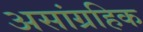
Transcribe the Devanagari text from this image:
असांग्रहिक